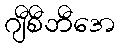
ဂျီစီဘီအေ